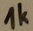
Text: 1K